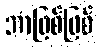
ဘာဖြစ်ဖြစ်